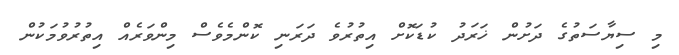
މި ސިޔާސަތުގެ ދަށުން ޚަރަދު ކުޑަކޮށް އިތުރުވެ ދަރަނި ކޮންމެވެސް މިންވަރެއް އިތުރުވުމަކުން